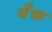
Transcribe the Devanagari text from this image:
बॅँक